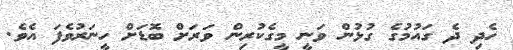
ހެދި ދެ ގައުމުގެ ގުޅުން ވަނީ މީގެކުރިން ވަރަށް ބޮޑަށް ހީނަރުވެފަ އެވެ.